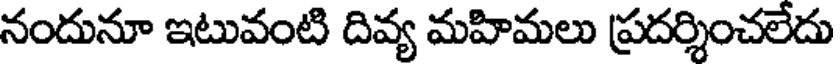
నందునూ ఇటువంటి దివ్య మహిమలు ప్రదర్శించలేదు